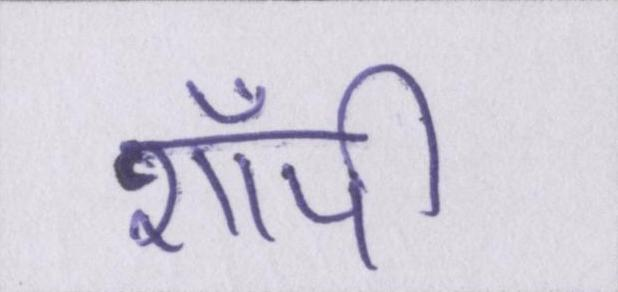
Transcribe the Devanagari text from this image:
शॉपी